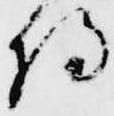
将